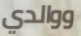
ووالدي